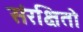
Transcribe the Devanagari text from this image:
संरक्षितो